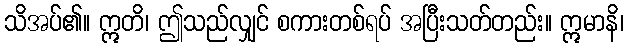
သိအပ်၏။ ဣတိ၊ ဤသည်လျှင် စကားတစ်ရပ် အပြီးသတ်တည်း။ ဣမာနိ၊